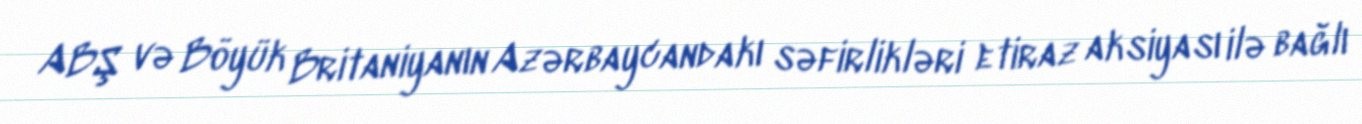
ABŞ və Böyük Britaniyanın Azərbaycandakı səfirlikləri etiraz aksiyası ilə bağlı